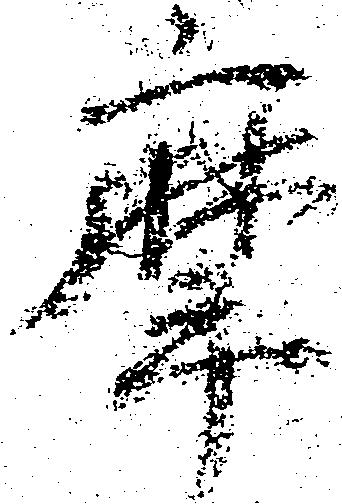
摩